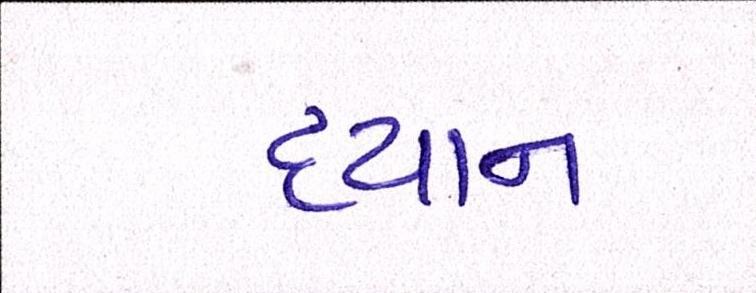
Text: ધ્યાન